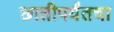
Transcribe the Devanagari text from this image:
छातीपर्यंतचा